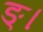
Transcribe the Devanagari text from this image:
ङ्।